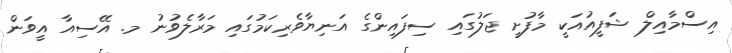
އިސްމާއިލް ޝަފީއުއަކީ މާފުށީ ޖަލުގައި ސިފައިންގެ އަނިޔާވެރިކަމުގައި މަރާލެވުނު މ. އޭސިއާ އީވަން